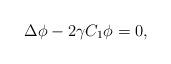
LaTeX: \begin{align*} \Delta \phi-2\gamma C_1\phi=0,\end{align*}